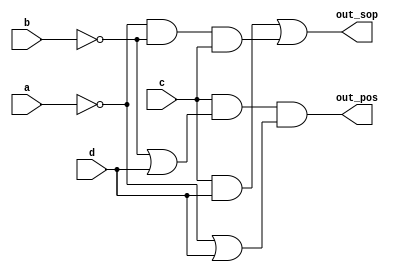
/* A single-output digital system with four inputs (a,b,c,d) generates a logic-1 when 2, 7, or 15 appears on the inputs, 
and a logic-0 when 0, 1, 4, 5, 6, 9, 10, 13, or 14 appears. 
The input conditions for the numbers 3, 8, 11, and 12 never occur in this system. 
For example, 7 corresponds to a,b,c,d being set to 0,1,1,1, respectively. */ 

module top_module (
    input a,
    input b,
    input c,
    input d,
    output out_sop,
    output out_pos
); 
    assign out_sop=(c&d)|(~a&~b&c);
    assign out_pos=c&(~b|d)&(~a|d);

endmodule